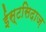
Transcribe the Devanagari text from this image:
ईस्टसिदाज़